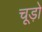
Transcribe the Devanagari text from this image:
चूड़ो